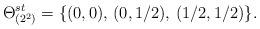
LaTeX: \begin{align*}\Theta _{(2^2)}^{st}=\{(0,0),\, (0,1/2),\, (1/2,1/2)\}.\end{align*}